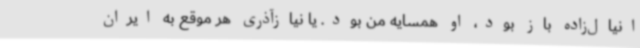
انیال‌زاده باز بود، او همسایه من بود. یا نیازآذری هر موقع به ایران